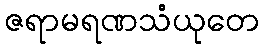
ဇရာမရဏသံယုတေ